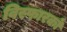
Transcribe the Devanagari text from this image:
विस्फारकों